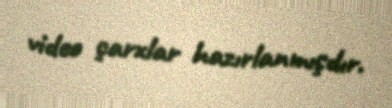
video çarxlar hazırlanmışdır.